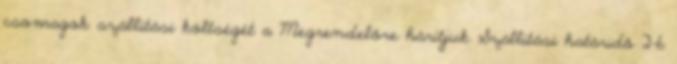
csomagok szállítási költségét a Megrendelőre hárítjuk Szállítási határidő 2-6